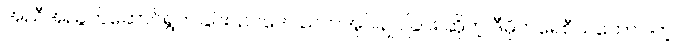
အညီအညွတ်ဆောင်ရွက်ခြင်း၊ ဥပဒေပညတ်အုပ်ချုပ်ခြင်း ဆိုတဲ့ ဒီမိုကရေစီသဘောပါတဲ့